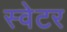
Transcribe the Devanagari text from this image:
स्‍वेटर